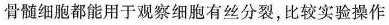
骨髓细胞都能用于观察细胞有丝分裂，比较实验操作